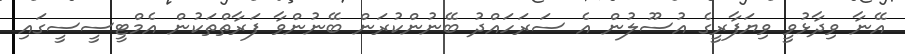
އޭނާ ވިދާޅުވީ ވިޔަފާރީގެ އުސޫލުން އެ ސަރަހައްދު ބޭނުންކުރަން ބޭނުންވާ ފަރާތްތަކުން އެމްޓީސީސީގައި